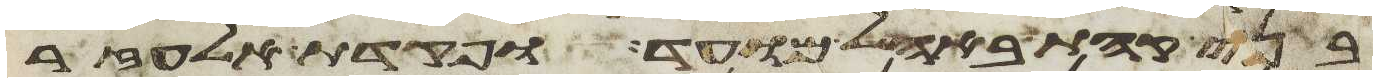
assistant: בני קהת באהל מועד ופקדת אלעזר